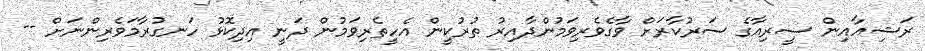
ރަޝިއާއިން ސީރިއާގެ ސަރުކާރަށް ވާގެވެރިވަމުންދާއިރު ތުރުކީން އެހީތެރިވަމުން ދަނީ އިދިކޮޅު ހަނގުރާމަވެރިންނަށް --